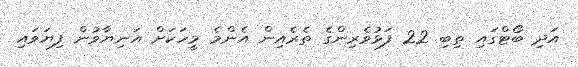
އަދި ބޯޓްގައި ތިބި 22 ފަޅުވެރިންގެ ތެރެއިން އެންމެ މީހަކަށް އަނިޔާވުން ފިޔަވައި